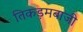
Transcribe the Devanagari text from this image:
तिकड़मबाजी